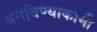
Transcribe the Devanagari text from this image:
बनविण्याकामी